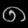
Digit: ၈